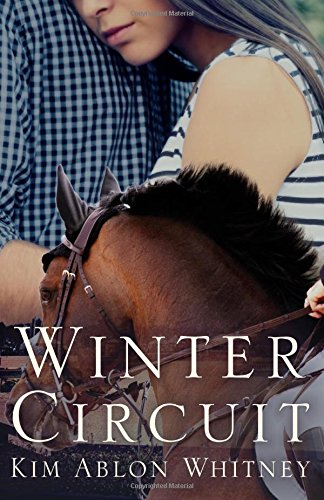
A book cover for Winter Circuit; Kim Ablon Whitney; Literature & Fiction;